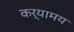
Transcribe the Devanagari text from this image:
कर्यामय